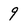
Character: 9